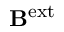
\mathbf { B } ^ { \mathrm { e x t } }